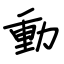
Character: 動